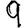
Digit: 9